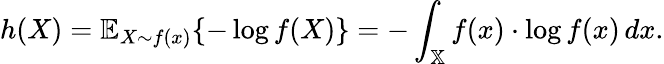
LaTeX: h(X)=\mathbb{E}_{X\sim f(x)}\{ -\log f(X)\} =-\int_{\mathbb{X}}f(x)\cdot\log f(x)\, dx.